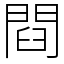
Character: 閰